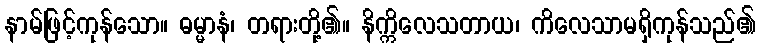
နာမ်ဖြင့်ကုန်သော။ ဓမ္မာနံ၊ တရားတို့၏။ နိက္ကိလေသတာယ၊ ကိလေသာမရှိကုန်သည်၏